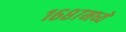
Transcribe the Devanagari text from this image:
१६८७मध्ये